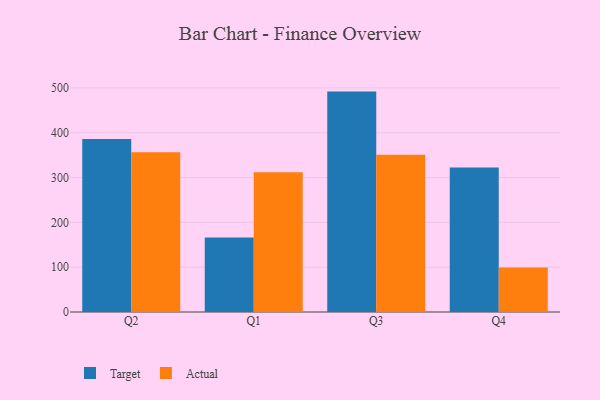
{"axis": {"x": "Quarter", "y": "Tickets Resolved"}, "legend": ["Actual", "Target"], "data": [{"x": "Q2", "y": 385.7, "type": "Target"}, {"x": "Q2", "y": 356.3, "type": "Actual"}, {"x": "Q1", "y": 166.4, "type": "Target"}, {"x": "Q1", "y": 311.6, "type": "Actual"}, {"x": "Q3", "y": 491.7, "type": "Target"}, {"x": "Q3", "y": 350.9, "type": "Actual"}, {"x": "Q4", "y": 322.4, "type": "Target"}, {"x": "Q4", "y": 99.2, "type": "Actual"}]}